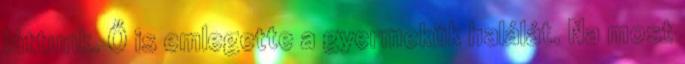
láttunk. Ő is emlegette a gyermekük halálát. Na most